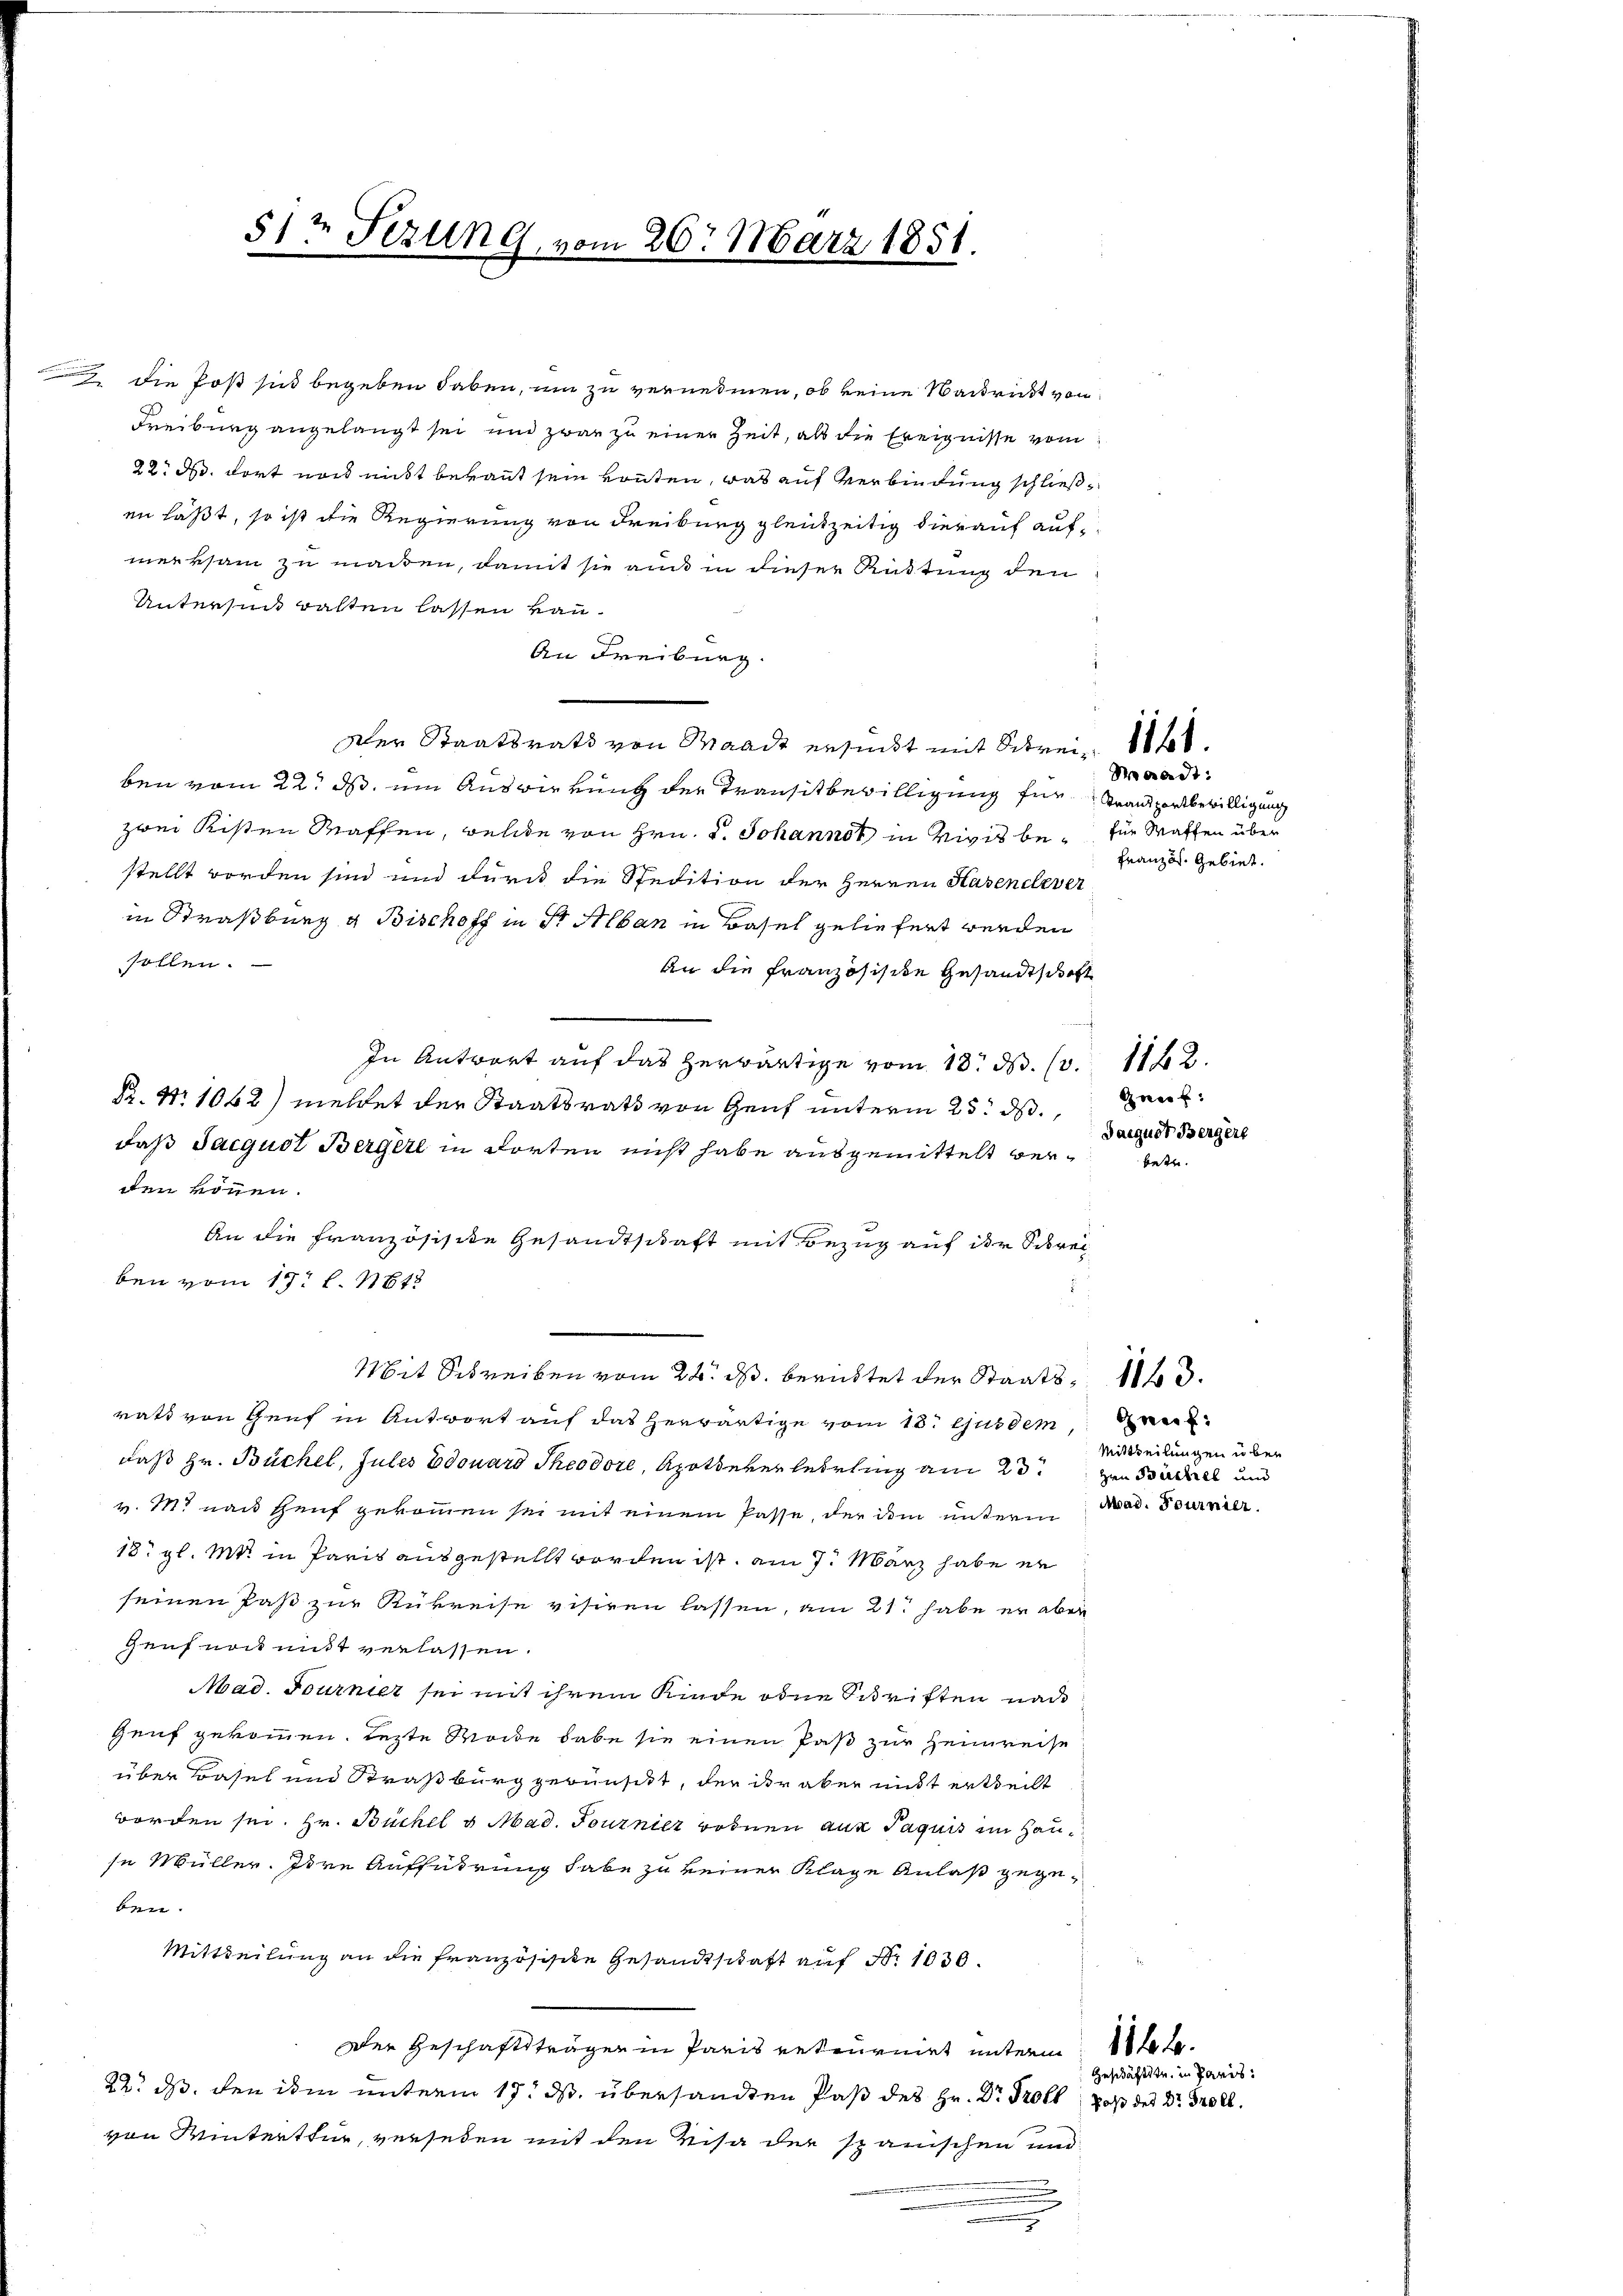
.

51½ Fezung, vom 26. März 1851.

die Post sich begeben haben, um zu vernehmen, ob keine Sakrist von
Freiburg angelangt sei und zwar zu einer Zeit, als die Ereignisse vom
22. d. dort nach nicht behaut sein konten, was auf Verbindung schließen läßt, so ist die Regierung von Freibung gleichzeitig hierauf aufmerksam zu machen, damit sie auch in dieser Rüttung den
Untersuch walten lassen kann.
An Freiburg.
Der Staatsrath von Waadt ersundt mit Schrei¬ Walben vom 22. ds. um Auswirkung der Transitbewilligung für Stransportbewilligung
zwei Kisten Waffen, welche von Hrn. P. Johannst in Vigis be- für Waffen über
stellt worden sind und durch die Spedition der Herren Hasendever
in Straßburg g Bischoff in Dr Alban in Basel geliefert werden
sollen.
An die Französische Gesandtschaft
In Antwort auf das herwärtige vom 13. d. 13. 1182.
P. Nr. 1062) meldet der Staatsrath von Genf unterm 25. ds.,
daß Jacquit Bergerl in Forten nicht habe ausgemittelt verden können.
An die Französisite Gesandtschaft mit Bezug auf der Schreiben vom 15t l. 1848
Mit Schreiben vom 24. ds. berichtet der Staats- 113.
ratt von Genf in Antwort auf das herwärtige vom 18. Aus dem Breit
daß Hr. Büchel, Jules Edouard Theodore, Apothekerlehrling am 23. zum Backel und
v. M. nach Heuf gekommen sei mit einem Pässe, der ihm unterm Mad. Tournier
18 gl. Mt. in Paris ausgestellt worden ist, am 7. März habe er
seinen Paß zur Rukreise visiren lassen, am 21. habe er aber
hruf noch mit verlassen.
Mad. Tournier sei mit ihrem Kinde ohne Schriften nach
Geuf gekommen. Letzte Morde habe sie einen Paß zur Heimreise
über Basel und Straßburg gewünscht, der ihr aber nicht ertheilt
worden sei. Hr. Büchel u. Mad. Tournier Bodnen aus Jaquis im Hause Müller. Ihre Aufführung habe zu keiner Klage Anlaß gegeben.
Mittheilung an die Französisite Gesandtschaft auf Nr. 1030.
Der Geschaftsträger in Paris retournirt unterm Stete.
22. ds. den ihm unterm 17. ds. übersandten Paß des Hr. Dr Troll, daß des Dr. Groll
von Winterthur, versehen mit den Visa der spanischen und

Waadt:
Französ. Gebiet.

Gnet:
Saegust Bergers

betze.

Mittheilungen über

Geschäftste in Paris.